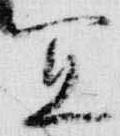
宜